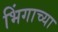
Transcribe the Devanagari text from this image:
भिंगाच्या